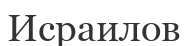
Исраилов